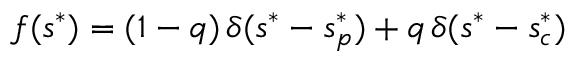
f ( s ^ { * } ) = ( 1 - q ) \, \delta ( s ^ { * } - s _ { p } ^ { * } ) + q \, \delta ( s ^ { * } - s _ { c } ^ { * } )